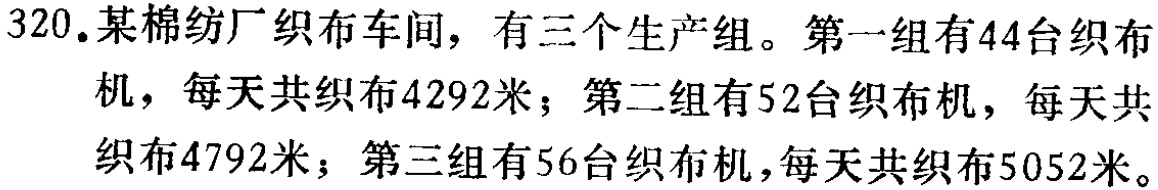
320.某棉纺厂织布车间，有三个生产组。第一组有44台织布机，每天共织布4292米；第二组有52台织布机，每天共织布4792米；第三组有56台织布机，每天共织布5052米。